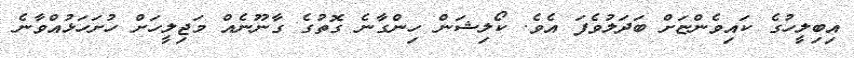
އިބިލީހުގެ ކައިވެންޏަށް ބަދަލުވެފަ އެވެ. ކޯލިޝަން ހިންގާނެ ގޮތުގެ ގާނޫނެއް މަޖިލީހަށް ހުށަހަޅުއްވާނެ